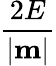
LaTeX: \frac{2E}{|{\mathbf m}|}